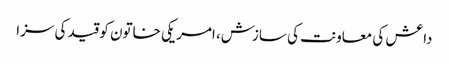
داعش کی معاونت کی سازش، امریکی خاتون کو قید کی سزا